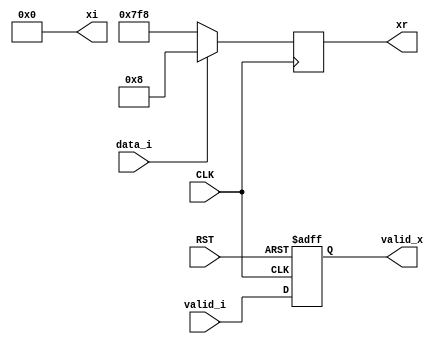

module bpsk
  (
   input                    CLK,
   input                    RST,

   input                    valid_i,
   input                    data_i,

   output reg               valid_x,
   output reg signed [10:0] xr,
   output signed [10:0]     xi
   );

    assign xi = 11'sd0;
    localparam high = 11'sd8;
    localparam low  = -11'sd8;

    always @(posedge CLK or negedge RST)
      if (!RST) begin
          valid_x <= 1'b0;
      end else begin
          valid_x <= valid_i;
      end

    always @(posedge CLK)
      begin
          if (data_i)
            xr <= high;
          else
            xr <= low;
      end
    
endmodule